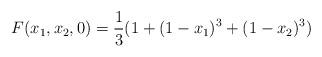
LaTeX: \begin{align*}F(x_1,x_2,0)=\frac 13 (1+(1-x_1)^3+(1-x_2)^3)\end{align*}